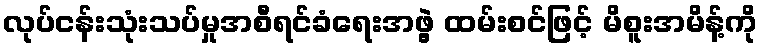
လုပ်ငန်းသုံးသပ်မှုအစီရင်ခံရေးအဖွဲ့ ထမ်းစင်ဖြင့် မိစူးအမိန့်ကို